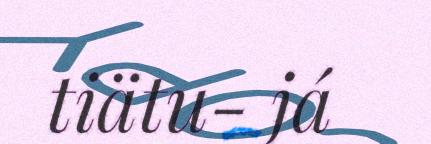
tiätu- já